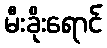
မီးခိုးရောင်